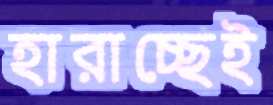
হারাচ্ছেই